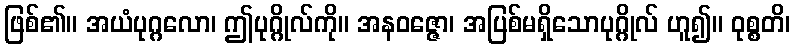
ဖြစ်၏။ အယံပုဂ္ဂလော၊ ဤပုဂ္ဂိုလ်ကို။ အနဝဇ္ဇော၊ အပြစ်မရှိသောပုဂ္ဂိုလ် ဟူ၍။ ဝုစ္စတိ၊